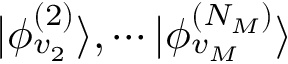
| \phi _ { v _ { 2 } } ^ { ( 2 ) } \rangle , \cdots | \phi _ { v _ { M } } ^ { ( N _ { M } ) } \rangle